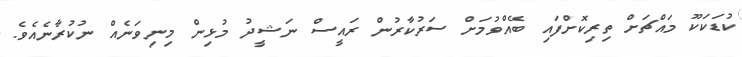
ކުޑަކަކޫ މައްޗަށް ތިރިކޮށްފައި ބޭއްވުމަށް ސަރުކާރުން ރައީސް ނަޝީދު މުޅިން މިނިވަނެއް ނުކުރާނެއެވެ.